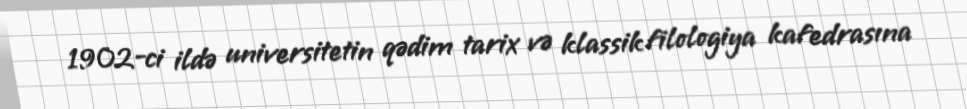
1902-ci ildə universitetin qədim tarix və klassik filologiya kafedrasına